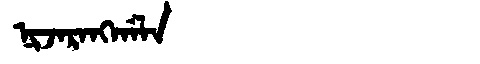
Manchu: ᠨᡳᠵᠠᡵᠠᠩᡤᠠᠯᠠ
Romanization: NIJARANGGALA